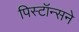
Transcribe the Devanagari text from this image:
पिस्टॉन्सने